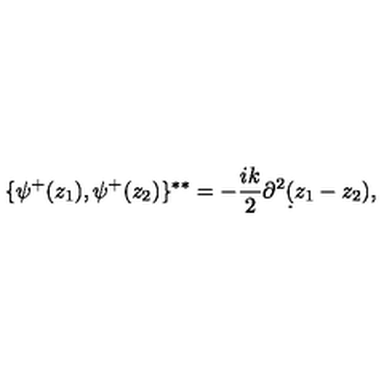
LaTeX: \{ \psi ^ { + } ( z _ { 1 } ) , \psi ^ { + } ( z _ { 2 } ) \} ^ { * * } = - { \frac { i k } { 2 } } \partial ^ { 2 } \d ( z _ { 1 } - z _ { 2 } ) ,